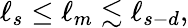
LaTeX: \ell_{s}\le\ell_{m}\lesssim\ell_{s-d},